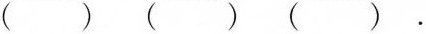
( ) ( ) ( ) .